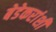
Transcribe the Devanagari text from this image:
बेडेकरांशी